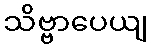
သိဗ္ဗာပေယျ